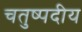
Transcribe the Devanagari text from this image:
चतुष्पदीय